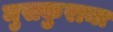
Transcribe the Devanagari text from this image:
मुसकुराना